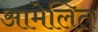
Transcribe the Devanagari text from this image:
आमेलित